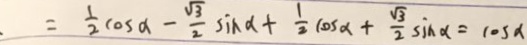
= \frac { 1 } { 2 } \cos \alpha - \frac { \sqrt { 3 } } { 2 } \sin \alpha + \frac { 1 } { 2 } \cos x + \frac { \sqrt { 3 } } { 2 } \sin \alpha = \cos \alpha